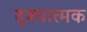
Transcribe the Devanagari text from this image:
दृश्‍यात्मक